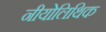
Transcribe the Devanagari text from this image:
नीयोलिथिक